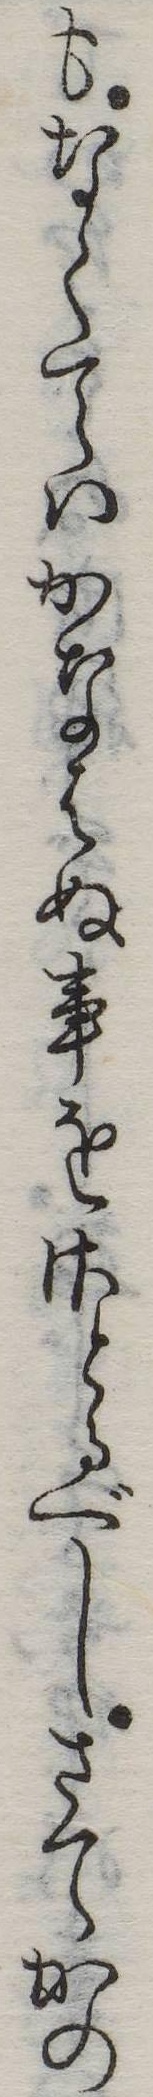
もなくてはかなはぬ事をさとるべしさてかの